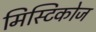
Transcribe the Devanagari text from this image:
मिस्टिकोज